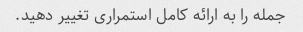
جمله را به ارائه کامل استمراری تغییر دهید.